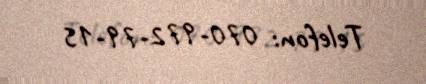
Telefon: 070-972-79-15